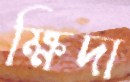
ক্ষিদা